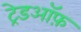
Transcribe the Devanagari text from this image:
ट्रेडऑफ़